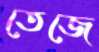
তেজে